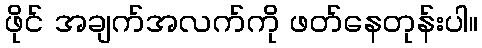
ဖိုင် အချက်အလက်ကို ဖတ်နေတုန်းပါ။